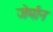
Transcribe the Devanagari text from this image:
जेर्मान